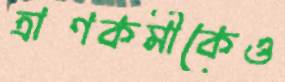
ত্রাণকর্মীকেও